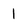
Character: l